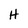
Character: H